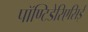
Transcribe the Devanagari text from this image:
पॉण्टिडेरिएसिई